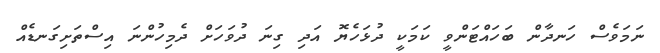
ނަމަވެސް ހަނދާން ބަހައްޓަންވީ ކަމަކީ ދުޅަހެޔޮ އަދި ގިނަ ދުވަހަށް ދެމިހުންނަ އިސްތަށިގަނޑެއް